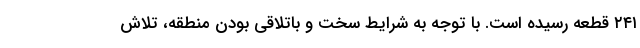
۲۴۱ قطعه رسیده است. با توجه به شرایط سخت و باتلاقی بودن منطقه، تلاش